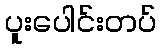
ပူးပေါင်းတပ်